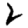
Digit: 2